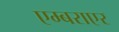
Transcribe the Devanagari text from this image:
एम्बराएर